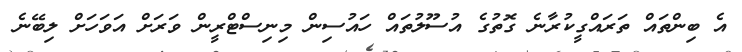
އެ ބިންތައް ތަރައްގީކުރާނެ ގޮތުގެ އުސޫލުތައް ހައުސިން މިނިސްޓްރީން ވަރަށް އަވަހަށް ލިބޭނެ